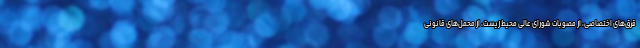
قرق‌های اختصاصی، از مصوبات شورای عالی محیط زیست، از محمل‌های قانونی